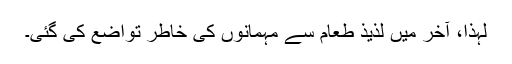
لہذا، آخر میں لذیذ طعام سے مہمانوں کی خاطر تواضع کی گئی۔